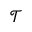
\mathcal T